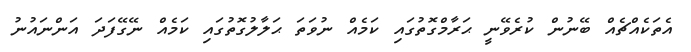
އެތަކެއްޗެއް ބޭނުން ކުރެވޭނީ ޙަރާމްގޮތުގައި ކަމެއް ނުވަތަ ޙަލާލުގޮތުގައި ކަމެއް ނޭގޭފަދަ އަންނައުނު